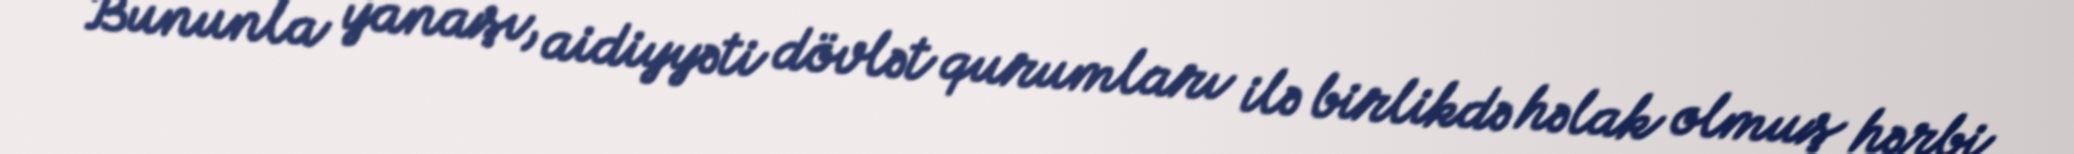
Bununla yanaşı, aidiyyəti dövlət qurumları ilə birlikdə həlak olmuş hərbi